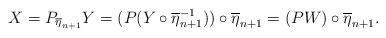
LaTeX: \begin{align*} X & = P_{\overline{\eta}_{n+1}} Y = ( P ( Y \circ \overline{\eta}_{n+1}^{-1} ) ) \circ \overline{\eta}_{n+1}= (P W ) \circ \overline{\eta}_{n+1}. \end{align*}